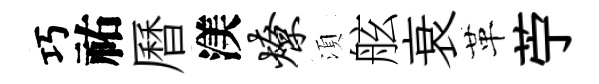
巧祐曆渼燎湏舷衰革苧